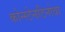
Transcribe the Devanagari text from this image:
कोन्स्टेनटिनोवा